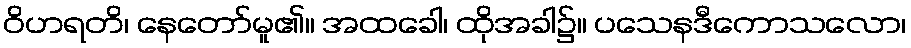
ဝိဟရတိ၊ နေတော်မူ၏။ အထခေါ၊ ထိုအခါ၌။ ပသေနဒီကောသလော၊